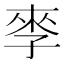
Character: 𰌩